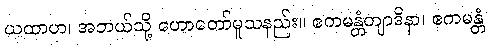
ယထာဟ၊ အဘယ်သို့ ဟောတော်မူသနည်း။ ဧကမန္တံတျာဒိနာ၊ ဧကမန္တံ